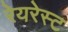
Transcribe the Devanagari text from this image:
रेयरेस्ट